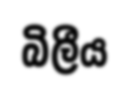
බිලීය